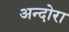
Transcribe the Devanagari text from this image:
अन्दोरा